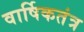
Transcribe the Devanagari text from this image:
वार्षिकतंत्र